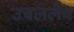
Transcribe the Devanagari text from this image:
उचललेच